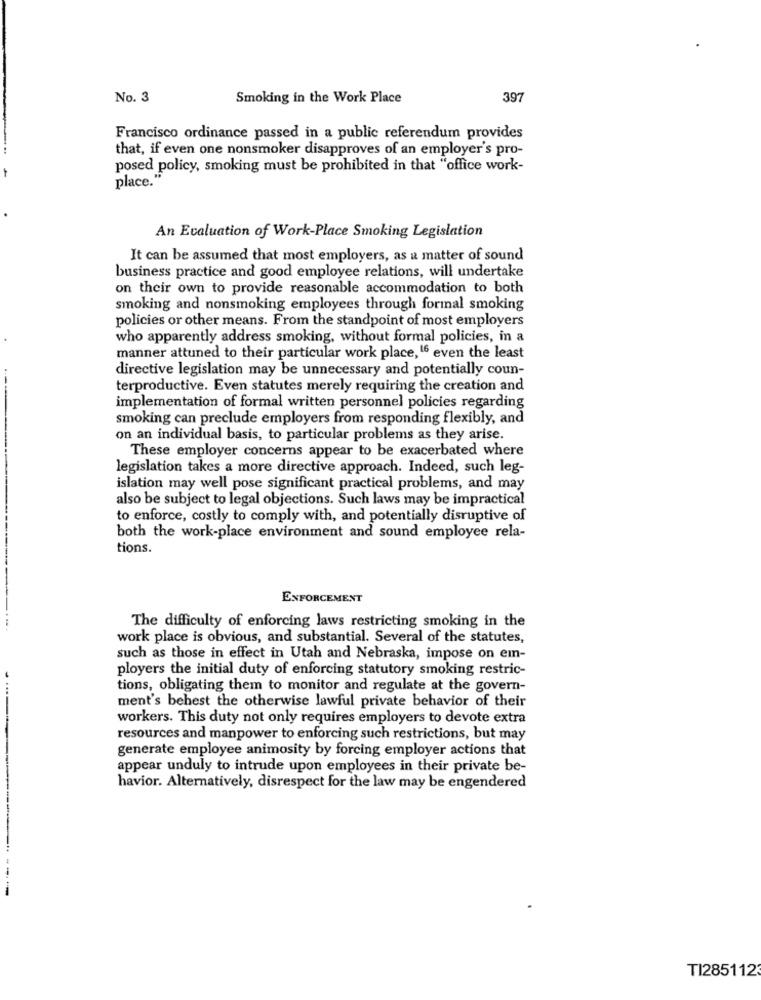
No. 3
Smoking in the Work Place
397
Francisco ordinance passed in a public referendum provides
that, if even one nonsmoker disapproves of an employer's pro-
posed policy, smoking must be prohibited in that "office work-
place.'
An Evaluation of Work-Place Smoking Legislation
It can be assumed that most employers, as a matter of sound
business practice and good employee relations, will undertake
on their own to provide reasonable accommodation to both
smoking and nonsmoking employees through formal smoking
policies or other means. From the standpoint of most employers
who apparently address smoking, without formal policies, in a
manner attuned to their particular work place, 16 even the least
directive legislation may be unnecessary and potentially coun-
terproductive. Even statutes merely requiring the creation and
implementation of formal written personnel policies regarding
smoking can preclude employers from responding flexibly, and
on an individual basis, to particular problems as they arise.
These employer concerns appear to be exacerbated where
legislation takes a more directive approach. Indeed, such leg-
islation may well pose significant practical problems, and may
also be subject to legal objections. Such laws may be impractical
to enforce, costly to comply with, and potentially disruptive of
both the work-place environment and sound employee rela-
tions.
ENFORCEMENT
The difficulty of enforcing laws restricting smoking in the
work place is obvious, and substantial. Several of the statutes,
such as those in effect in Utah and Nebraska, impose on em-
ployers the initial duty of enforcing statutory smoking restric-
tions, obligating them to monitor and regulate at the govern-
ment's behest the otherwise lawful private behavior of their
workers. This duty not only requires employers to devote extra
resources and manpower to enforcing such restrictions, but may
generate employee animosity by forcing employer actions that
appear unduly to intrude upon employees in their private be-
havior. Alternatively, disrespect for the law may be engendered
--
TI285112